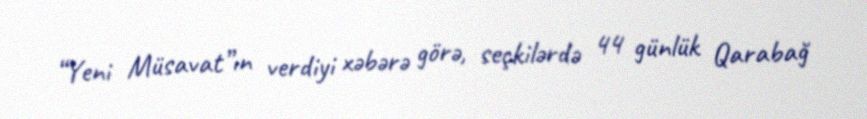
“Yeni Müsavat”ın verdiyi xəbərə görə, seçkilərdə 44 günlük Qarabağ